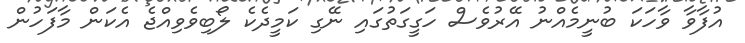
އުފާވާ ވާހަކަ ބުނީމެއްނު އޭރުވެސް ހަގީގަތުގައި ނޭގި ކަމީދެކެ ލޯބިވެވިއްޖެ އެކަން މާފަހުން